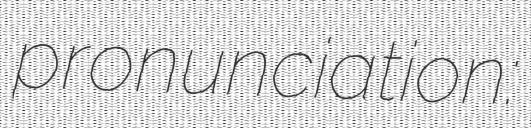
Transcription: pronunciation: